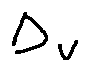
\Delta _ { v }